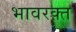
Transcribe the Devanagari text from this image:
भावरक्त